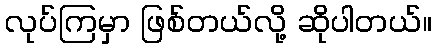
လုပ်ကြမှာ ဖြစ်တယ်လို့ ဆိုပါတယ်။